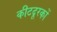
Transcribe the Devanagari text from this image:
कीटदूरकों